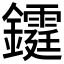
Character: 𨯊